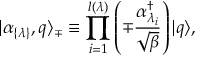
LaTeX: | \alpha _ { \{ \lambda \} } , q \rangle _ { \mp } \equiv \prod _ { i = 1 } ^ { l ( \lambda ) } \left( \mp { \frac { \alpha _ { \lambda _ { i } } ^ { \dagger } } { \sqrt { \beta } } } \right) | q \rangle ,